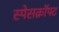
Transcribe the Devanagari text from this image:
स्पेसक्रॉफ्ट